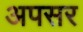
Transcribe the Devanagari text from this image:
अपसर